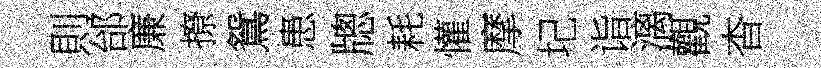
則邰廉撩鴛患牕耗懽摩圮诣漓觀杳